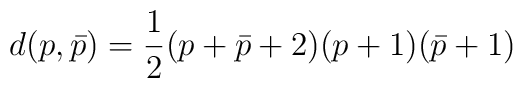
d(p,\bar p)={1\over 2}(p+\bar p +2)(p+1)(\bar p+1)